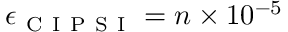
\epsilon _ { \mathrm { ~ C ~ I ~ P ~ S ~ I ~ } } = n \times 1 0 ^ { - 5 }